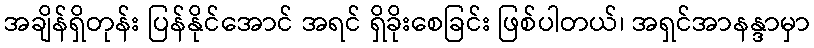
အချိန်ရှိတုန်း ပြန်နိုင်အောင် အရင် ရှိခိုးစေခြင်း ဖြစ်ပါတယ်၊ အရှင်အာနန္ဒာမှာ